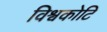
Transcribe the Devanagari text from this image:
विश्वकोटि